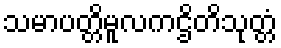
သမာပတ္တိမူလကဌိတိသုတ္တံ